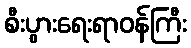
စီးပွားရေးရာဝန်ကြီး